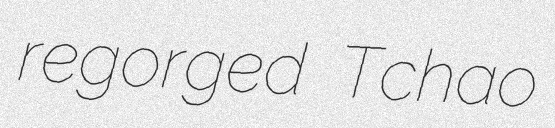
regorged Tchao